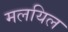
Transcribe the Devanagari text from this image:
मलयिल